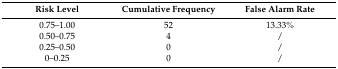
<table><thead><tr><td><b>Risk Level</b></td><td><b>Cumulative Frequency</b></td><td><b>False Alarm Rate</b></td></tr></thead><tbody><tr><td>0.75–1.00</td><td>52</td><td>13.33%</td></tr><tr><td>0.50–0.75</td><td>4</td><td>/</td></tr><tr><td>0.25–0.50</td><td>0</td><td>/</td></tr><tr><td>0–0.25</td><td>0</td><td>/</td></tr></tbody></table>